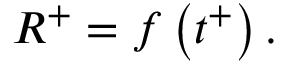
R ^ { + } = f \left( t ^ { + } \right) .